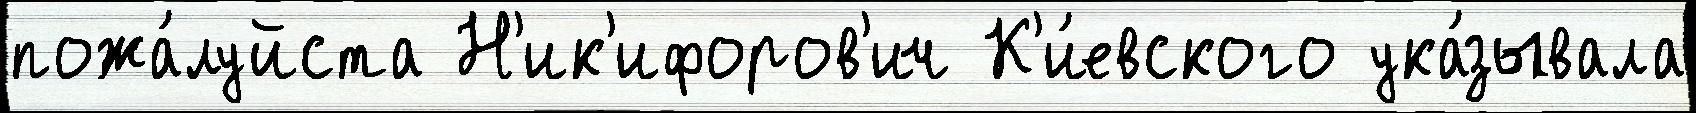
пожа́луйста Н'ик'ифоров'ич К'и́евского ука́зывала